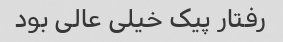
رفتار پیک خیلی عالی بود